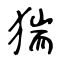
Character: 猯